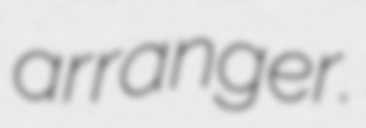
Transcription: arranger.